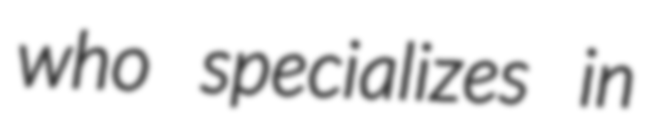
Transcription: who specializes in